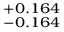
^ { + 0 . 1 6 4 } _ { - 0 . 1 6 4 }